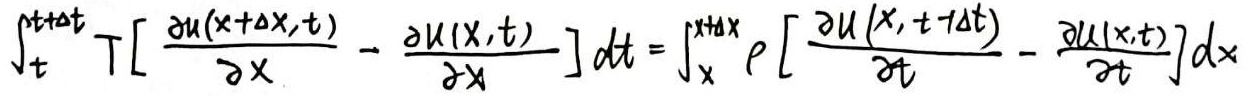
\[
\int_{t}^{t+\Delta t} T\left[\frac{\partial u(x+\Delta x,t)}{\partial x}-\frac{\partial u(x,t)}{\partial x}\right]dt=\int_{x}^{x+\Delta x} \rho\left[\frac{\partial u(x,t+\Delta t)}{\partial t}-\frac{\partial u(x,t)}{\partial t}\right]dx
\]